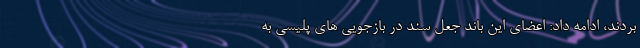
‌بردند، ادامه داد: اعضای این باند جعل سند در بازجویی های پلیسی به